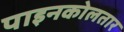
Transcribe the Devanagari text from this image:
पाइनकोलतार